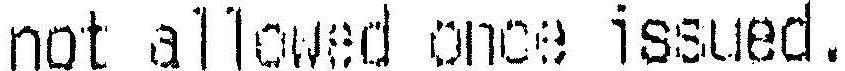
NOT ALLOWED ONCE ISSUED.